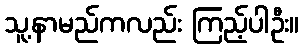
သူ့နာမည်ကလည်း ကြည့်ပါဦး။